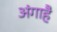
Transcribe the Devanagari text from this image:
अंगाहै